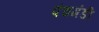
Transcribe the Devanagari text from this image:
पंचमंडी